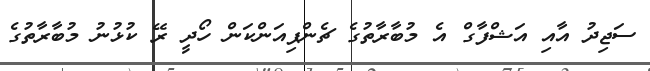
ސަޖިދު އާއި އަޝްފާގް އެ މުބާރާތުގެ ޗެންޕިއަންކަން ހޯދީ ރޭ ކުޅުނު މުބާރާތުގެ